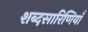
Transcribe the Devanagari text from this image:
शब्दसारिणियाँ